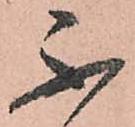
不